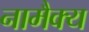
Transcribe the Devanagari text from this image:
नामैक्य